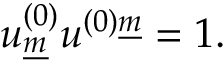
u _ { \underline { { { m } } } } ^ { ( 0 ) } u ^ { ( 0 ) \underline { { { m } } } } = 1 .